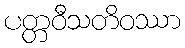
ပတ္တဝီသတိဝဿာ